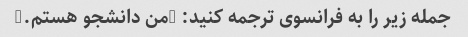
جمله زیر را به فرانسوی ترجمه کنید: "من دانشجو هستم."